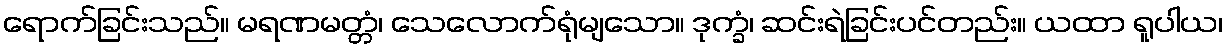
ရောက်ခြင်းသည်။ မရဏမတ္တံ၊ သေလောက်ရုံမျသော။ ဒုက္ခံ၊ ဆင်းရဲခြင်းပင်တည်း။ ယထာ ရူပါယ၊